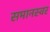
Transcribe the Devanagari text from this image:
समानस्वर